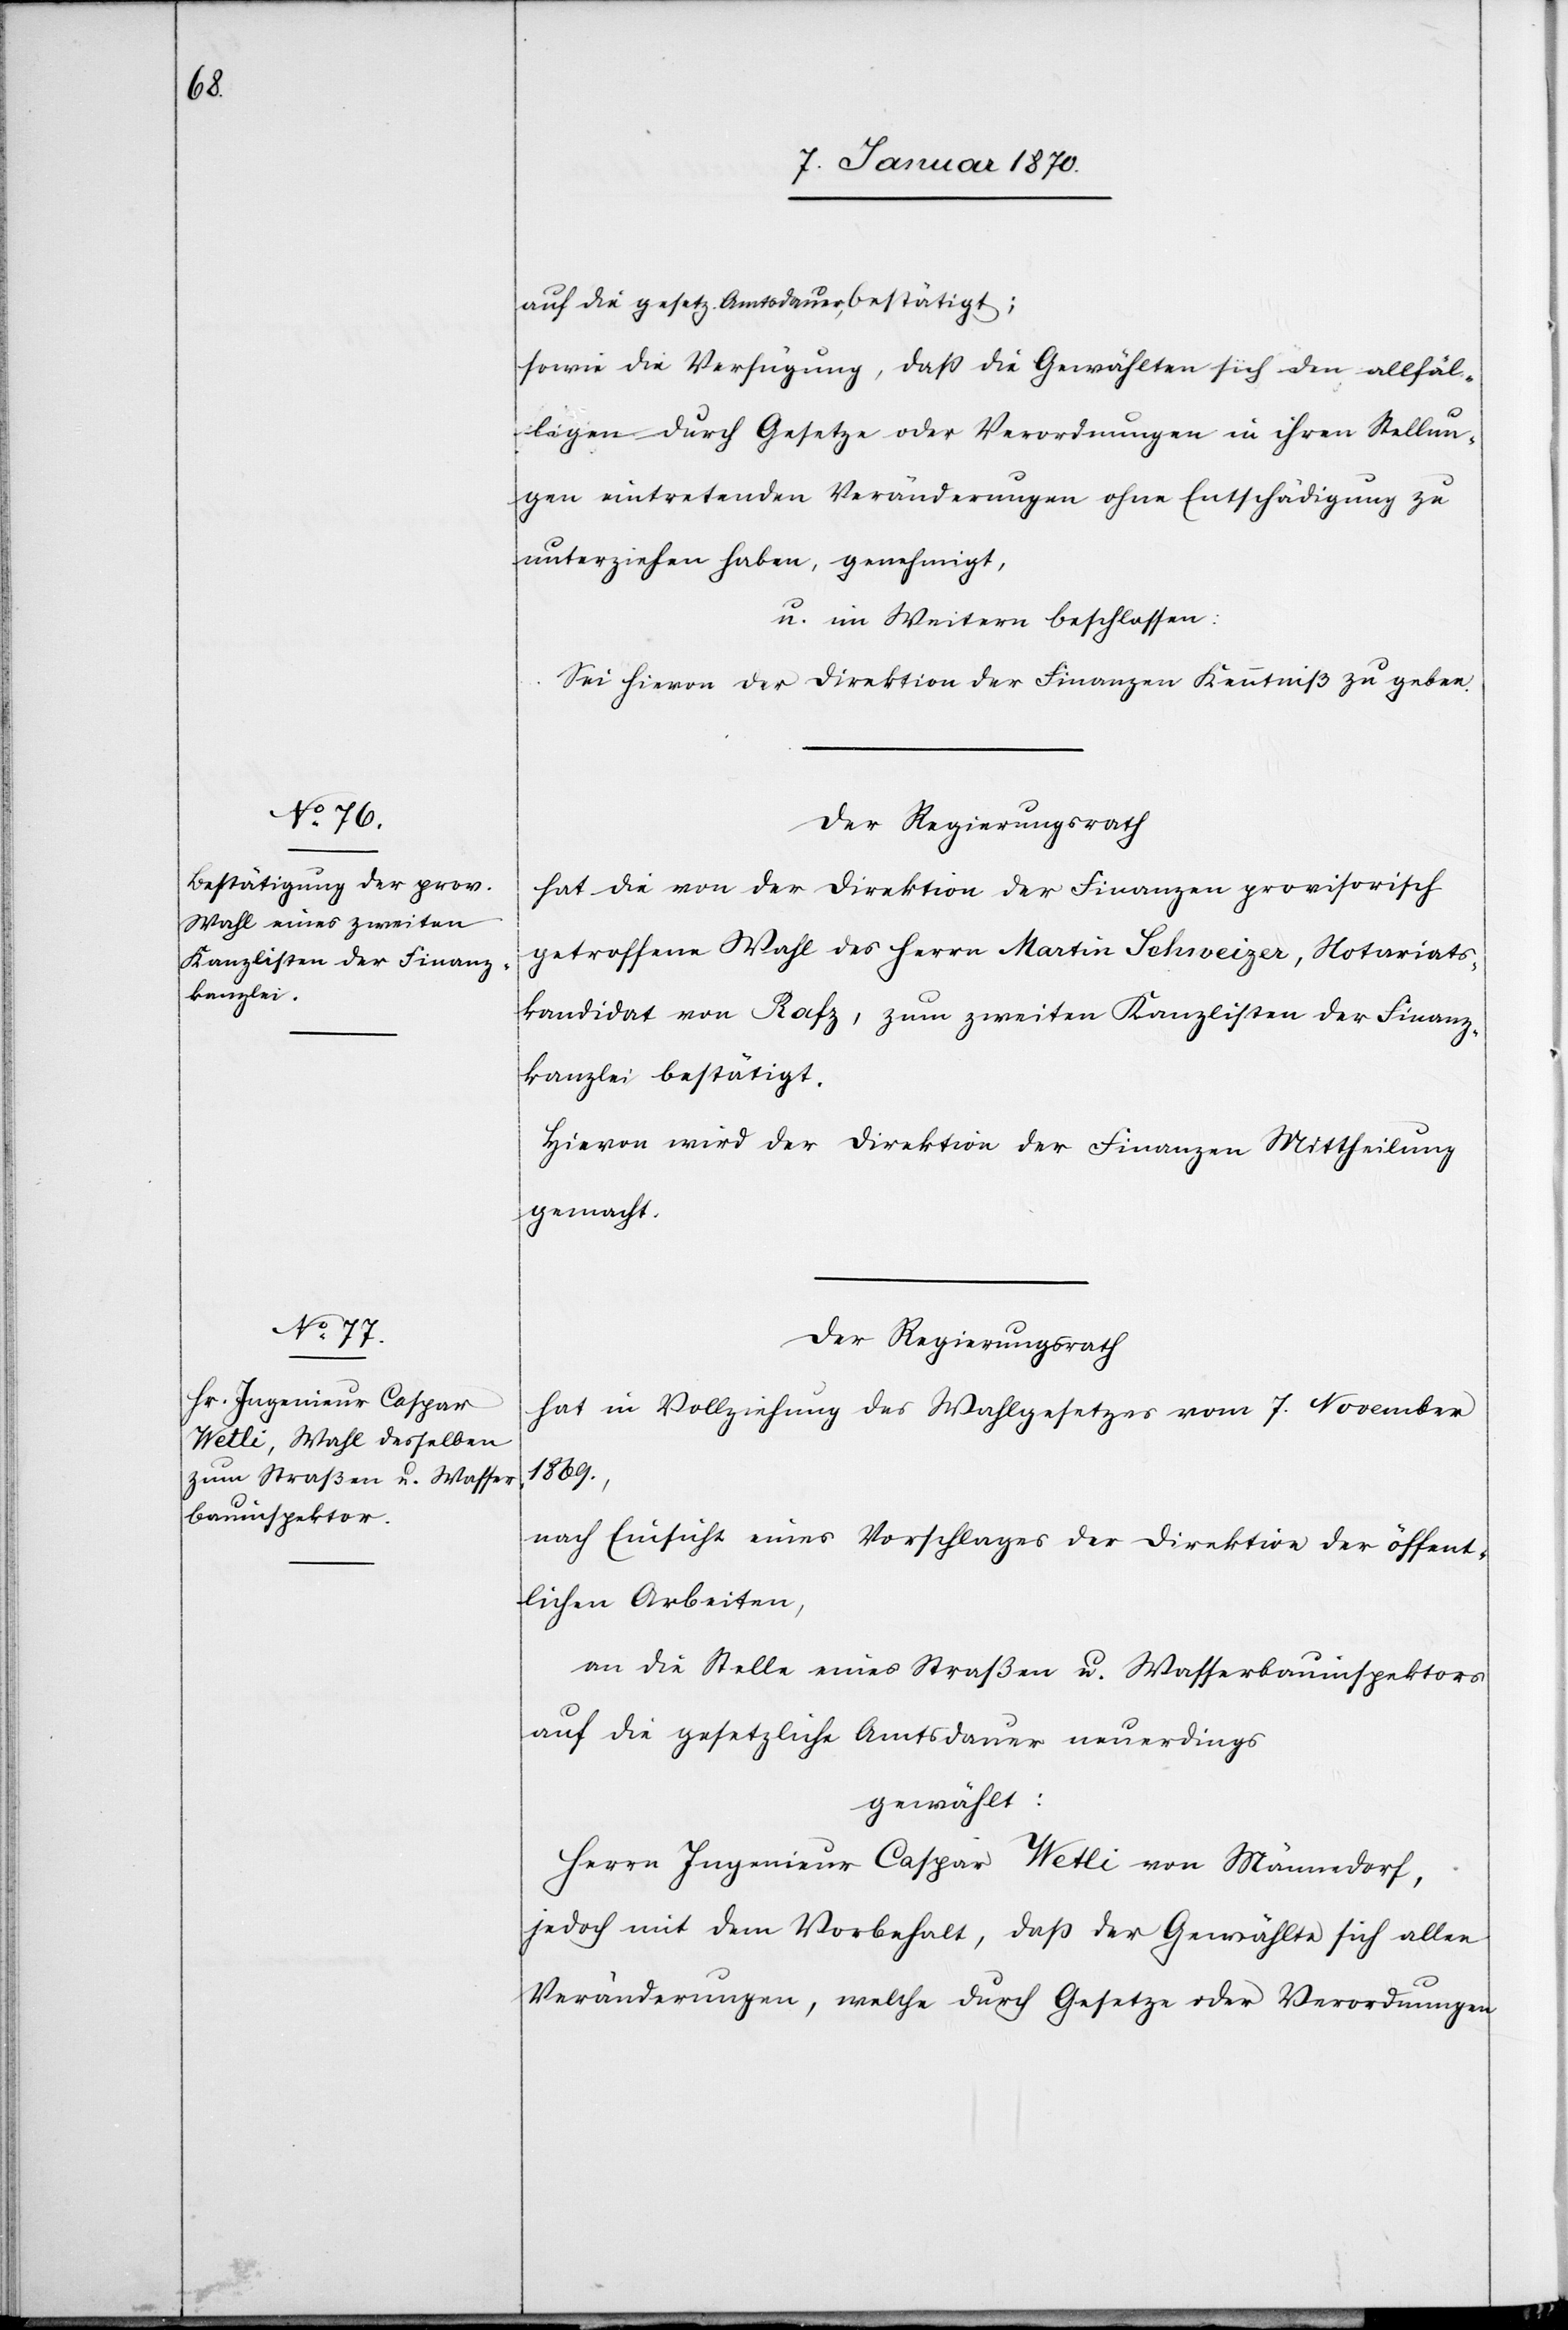
auf die gesetz. Amtsdauer, bestätigt;
sowie die Verfügung, daß die Gewählten sich den allfäl¬
ligen durch Gesetze oder Verordnungen in ihrer Stellun¬
g eintretenden Veränderungen ohne Entschädigung zu
unterziehen haben, genehmigt,
u. im Weitern beschlossen:
Sei hievon der Direktion der Finanzen Kenntniß zu geben.
Der Regierungsrath
hat die von der Direktion der Finanzen provisorisch
getroffene Wahl des Herrn Martin Schweizer, Notariats¬
kandidat von Rafz, zum zweiten Kanzlisten der Finanz¬
kanzlei bestätigt.
Hievon wird der Direktion der Finanzen Mittheilung
gemacht.
Der Regierungsrath
hat in Vollziehung des Wahlgesetzes vom 7. November
1869.,
nach Einsicht eines Vorschlages der Direktion der öffent¬
lichen Arbeiten,
an die Stelle eines Straßen[-] u. Wasserbauinspektors
auf die gesetzliche Amtsdauer neuerdings
gewählt:
Herrn Ingenieur Caspar Wetli von Männedorf,
jedoch mit dem Vorbehalt, daß der Gewählte sich allen
Veränderungen, welche durch Gesetze oder Verordnungen